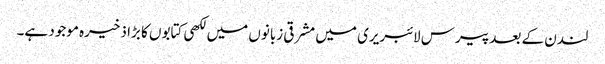
لندن کے بعد پیرس لائبریری میں مشرقی زبانوں میں لکھی کتابوں کا بڑا ذخیرہ موجود ہے۔